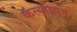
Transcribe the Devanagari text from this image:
कॅल्शीयम